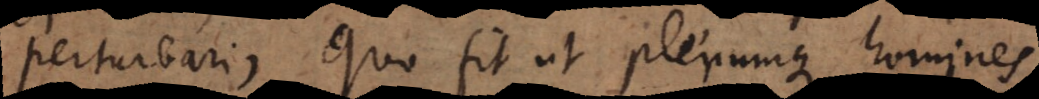
perturbari, quo fit ut plerumque homines